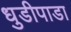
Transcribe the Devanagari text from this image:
धुडीपाडा